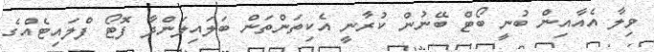
ވިލާ އެއާއިން ބުނީ ބޯޓް ބޭނުން ކުރާނީ އެކިތަންތަން ބަލައިލަންދާ ފޮޓޯ ފްލައިޓެއްގެ